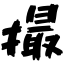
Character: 撮